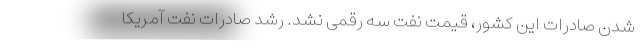
شدن صادرات این کشور، قیمت نفت سه رقمی نشد. رشد صادرات نفت آمریکا